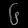
Digit: ၆